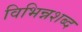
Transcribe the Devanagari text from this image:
विभिन्नशब्द